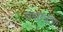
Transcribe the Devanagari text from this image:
वनछत्राचा